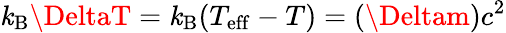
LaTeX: \mathit{k}_{\mathrm{{B}}}\DeltaT=\mathit{k}_{\mathrm{{B}}}(T_{\mathrm{{eff}}}-T)=(\Deltam)c^{2}